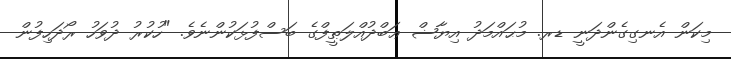
މިކަން އެނގިގެންދަނީ ޑރ. މުޙައްމަދު އިޔާޟް ޢަބްދުއްލަޠީފްގެ ބަސްފުޅަކުންނެވެ. "ހުކުރު ދުވަހު ރޯދަހިފުން